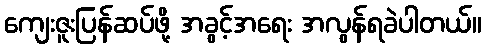
ကျေးဇူးပြန်ဆပ်ဖို့ အခွင့်အရေး အလွန်ရခဲပါတယ်။